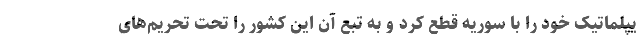
یپلماتیک خود را با سوریه قطع کرد و به تبع آن این کشور را تحت تحریم‌های